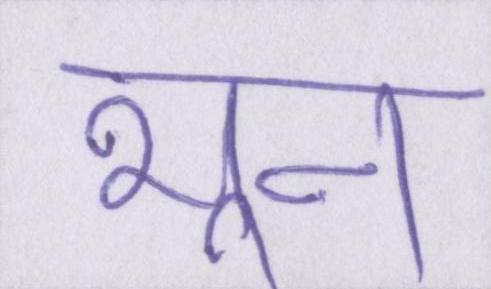
भून